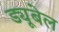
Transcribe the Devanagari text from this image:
ड्यूबेल